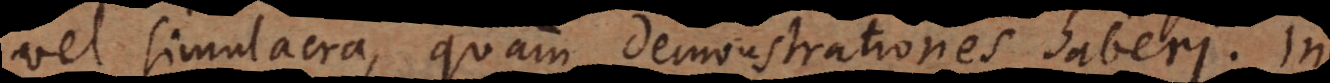
vel simulacra, quam demonstrationes haberi. In